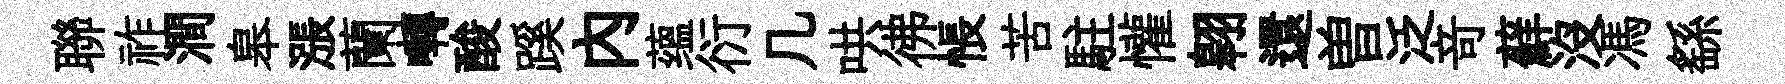
聯祚澗皋漲蘭囀酸蹊内蕴衍几哄彿悵苦駐懽翱還曽泛竒蘚沒馮繇